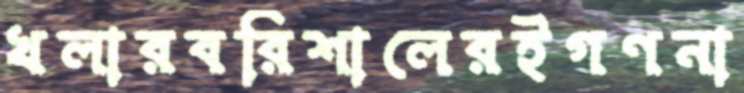
খলারবরিশালেরইগণনা